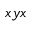
x y x